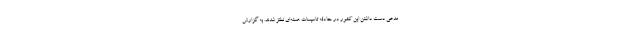
مدعی دست داشتن این کشور در حادثه تاسیسات هسته‌ای نطنز شدند. به گزارش